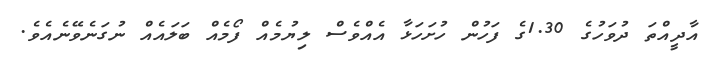
އާދީއްތަ ދުވަހުގެ 1.30ގެ ފަހުން ހުށަހަޅާ އެއްވެސް ލިޔުމެއް ފޯމެއް ބަލައެއް ނުގަނެވޭނެއެވެ.